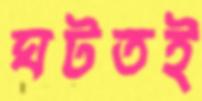
ঘটতই